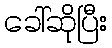
ခေါ်ဆိုပြီး